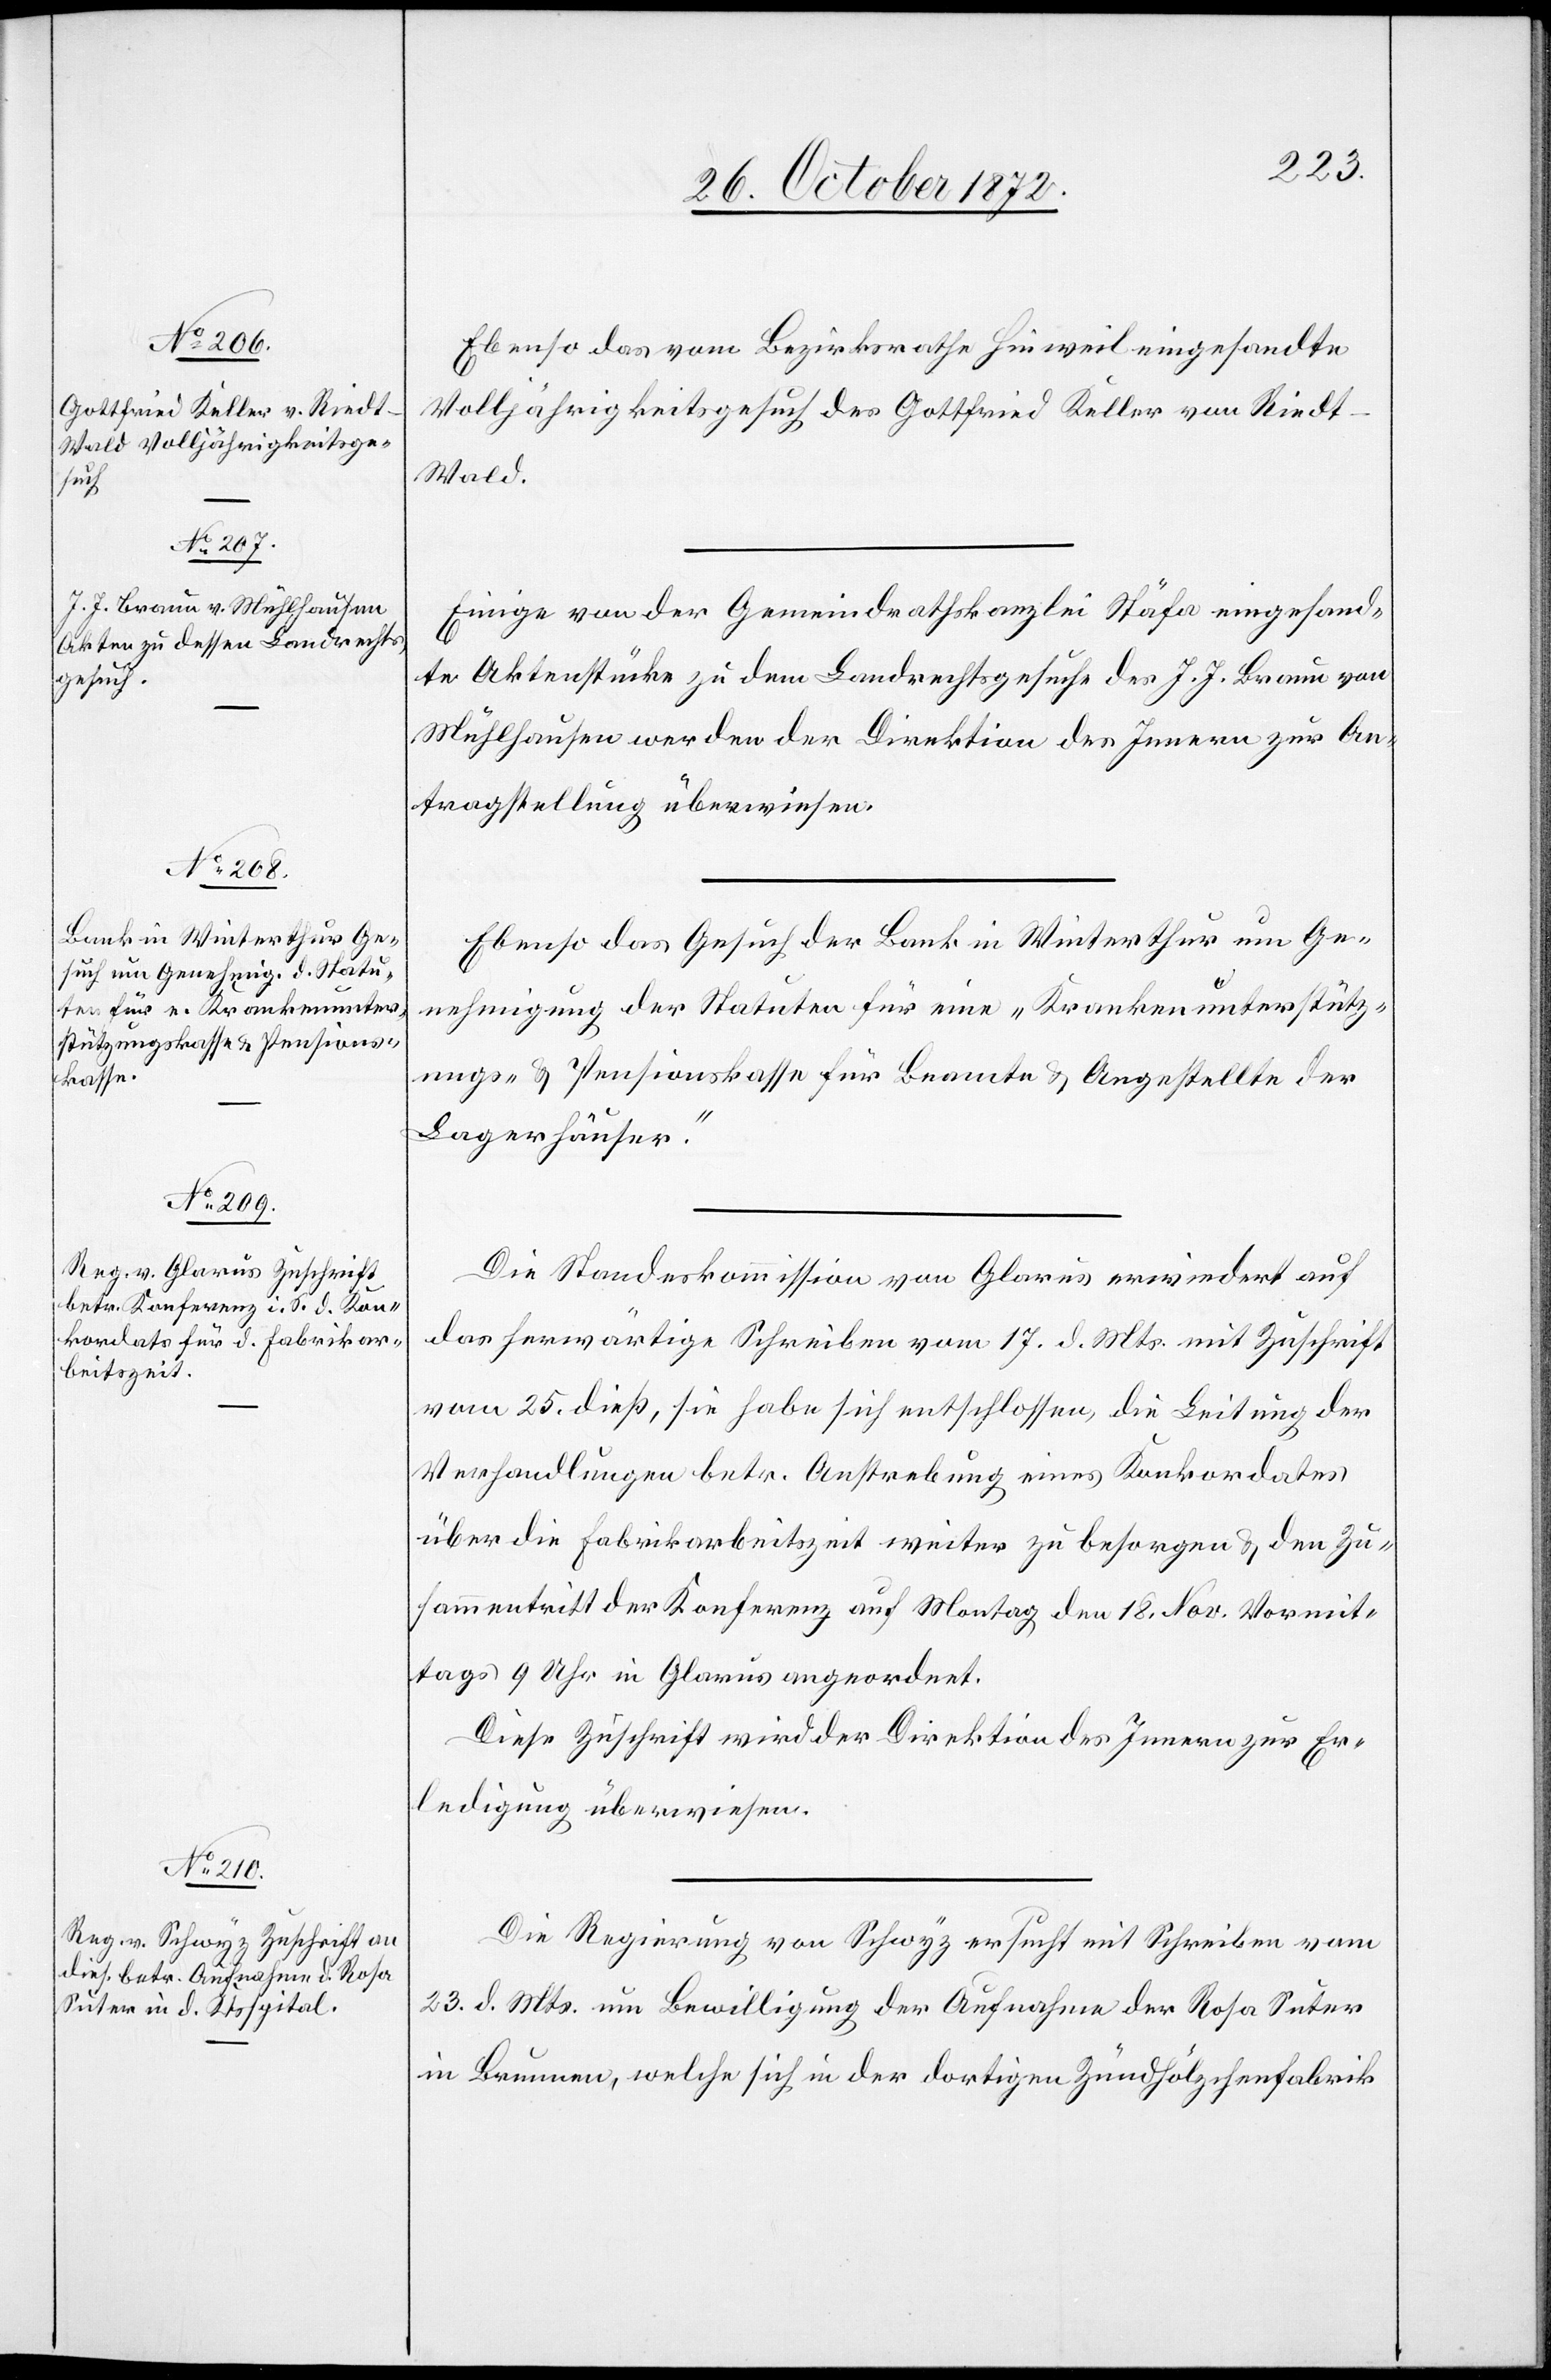
28. October 1872.]
Ebenso das vom Bezirksrathe Hinweil eingesandte
Volljährigkeitsgesuch des Gottfried Keller von Ried¬
t-Wald.
Einige von der Gemeindrathskanzlei Stäfa eingesand¬
te Aktenstücke zu dem Landrechtsgesuche des J. J. Braun von
Mühlhausen werden der Direktion des Innern zur An¬
tragstellung überwiesen.
Ebenso das Gesuch der Bank in Winterthur um Ge¬
nehmigung der Statuten für eine „Krankenunterstütz¬
ungs- u. Pensionskasse für Beamte u. Angestellte der
Lagerhäuser.“
Die Standeskommission von Glarus erwiedert auf
das herwärtige Schreiben vom 17. d. Mts. mit Zuschrift
vom 25. dieß, sie habe sich entschlossen, die Leitung der
Verhandlungen betr. Anstrebung eines Konkordates
über die Fabrikarbeitszeit weiter zu besorgen u. den Zu¬
sammentritt der Konferenz auf Montag den 18. Nov. Vormit¬
tags 9 Uhr in Glarus angeordnet.
Diese Zuschrift wird der Direktion des Innern zur Er¬
ledigung überwiesen.
Die Regierung von Schwyz ersucht mit Schreiben vom
23. d. Mts. um Bewilligung der Aufnahme der Rosa Suter
in Brunnen, welche sich in der dortigen Zündhölzchenfabrik